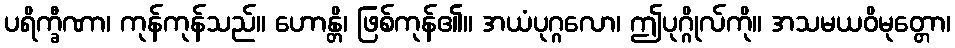
ပရိက္ခီဏာ၊ ကုန်ကုန်သည်။ ဟောန္တိ၊ ဖြစ်ကုန်၏။ အယံပုဂ္ဂလော၊ ဤပုဂ္ဂိုလ်ကို။ အသမယဝိမုတ္တော၊